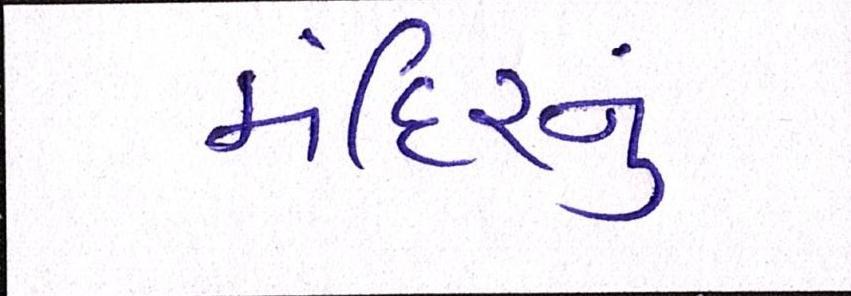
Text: મંદિરનું